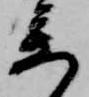
参